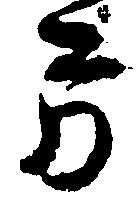
方